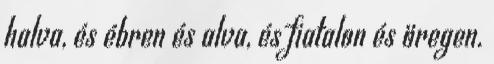
halva, és ébren és alva, és fiatalon és öregen.